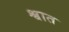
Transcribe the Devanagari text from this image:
श्वात